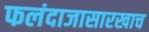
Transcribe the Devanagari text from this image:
फलंदाजासारखाच